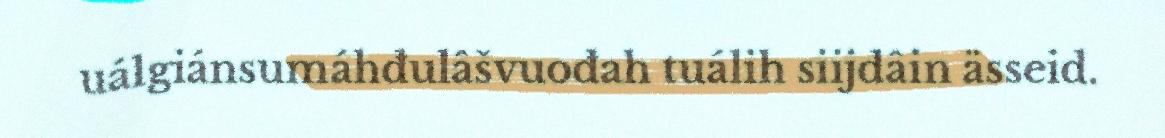
uálgiánsumáhđulâšvuođah tuálih siijdâin ässeid.